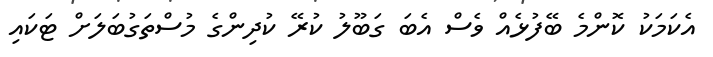
އެކަމަކު ކޮންމެ ބޭފުޅެއް ވެސް އެބަ ގަބޫލު ކުރޭ ކުދިންގެ މުސްތަގުބަލަށް ޓަކައި